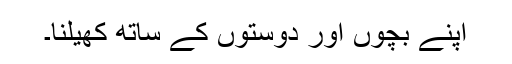
اپنے بچوں اور دوستوں کے ساتھ کھیلنا۔